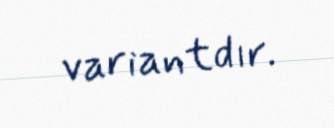
variantdır.